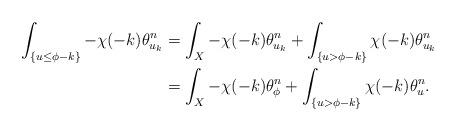
LaTeX: \begin{align*}\int_{\{u\leq\phi-k\}}-\chi(-k)\theta_{u_{k}}^n&=\int_X-\chi(-k)\theta_{u_{k}}^n+\int_{\{u>\phi-k\}}\chi(-k)\theta_{u_{k}}^n\\&=\int_X-\chi(-k)\theta_{\phi}^n+\int_{\{u>\phi-k\}}\chi(-k)\theta_{u}^n.\end{align*}